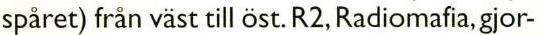
spåret) från väst till öst. R2, Radiomafia, gjor-